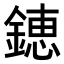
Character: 𨫍